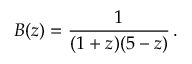
B ( z ) = { \frac { 1 } { ( 1 + z ) ( 5 - z ) } } \, .